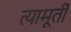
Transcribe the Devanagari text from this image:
त्यामूर्ती